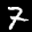
Label: 7